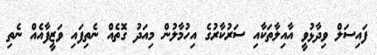
ފައިސަލް ވިދާޅުވީ އާއިލާތަކާއި ސަރުކާރުގެ އިހުމާލުން މިއަދު ގޮތެއް ނެތިފައި ވަޒީފާއެއް ނެތި